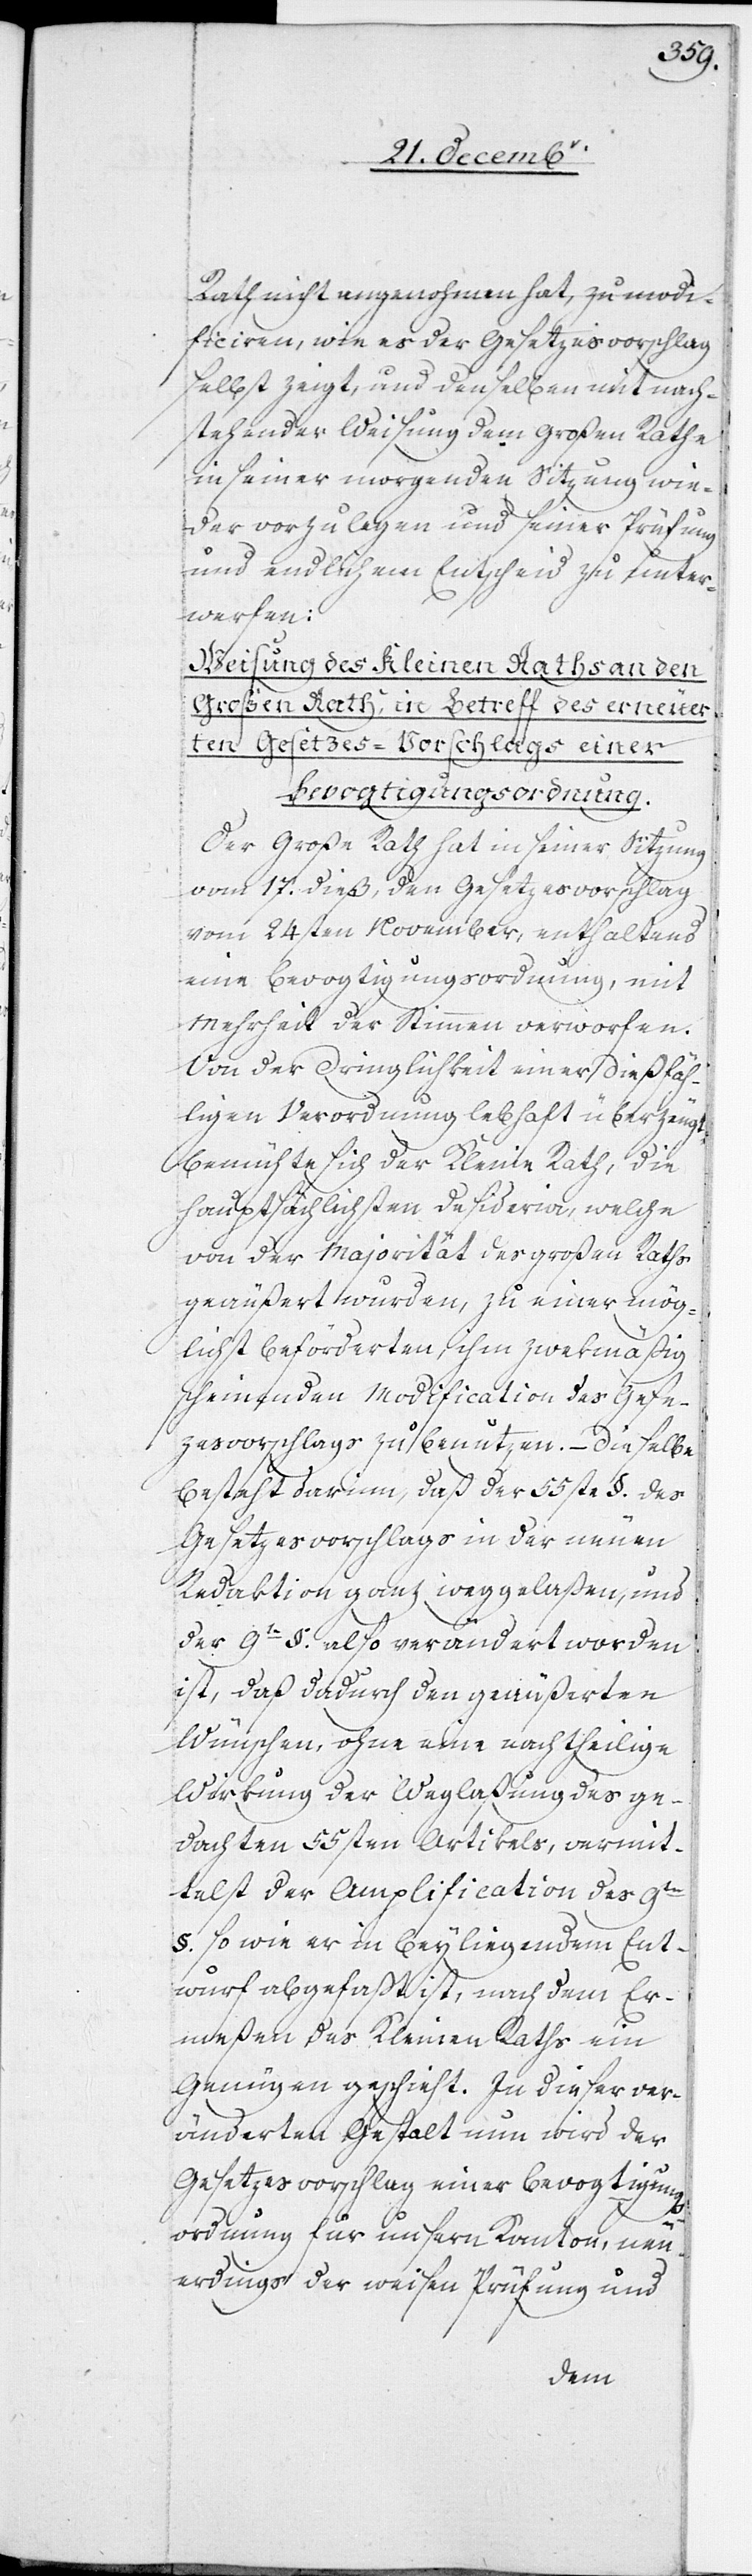
Rath nicht angenohmen hat, zu modi¬
ficiren, wie es der Gesetzesvorschlag
selbst zeigt, und denselben mit nach¬
stehender Weisung dem Großen Rathe
in seiner morgenden Sitzung wie¬
der vorzulegen und seiner Prüfung
und endlichem Entscheid zu unter¬
werfen:
Weisung des Kleinen Raths an den
Großen Rath in Betreff des erneuer¬
ten Gesetzes-Vorschlags einer
Bevogtigungsordnung.
Der Große Rath hat in seiner Sitzung
vom 17. dieß, den Gesetzesvorschlag
vom 24sten November, enthaltend
eine Bevogtigungsordnung, mit
Mehrheit der Stimmen verworfen.
Von der Dringlichkeit einer dießfäh¬
ligen Verordnung lebhaft überzeugt,
bemühte sich der Kleine Rath, die
hauptsächlichsten Desideria, welche
von der Majorität des großen Raths
geäußert wurden, zu einer mög¬
lichst beförderten, ihm zwekmäßig
scheinenden Modification des Gese¬
zesvorschlags zu benutzen. – Dieselbe
besteht darinn, daß der 55ste §. des
Gesetzesvorschlags in der neuen
Redaktion ganz weggelaßen, und
der 9te §. also verändert worden
ist, daß dadurch den geäußerten
Wünschen, ohne eine nachtheilige
Wirkung der Weglaßung des ge¬
dachten 55sten Artikels, vermit¬
telst der Amplification des 9ten
§. so wie er in beyliegendem Ent¬
wurf abgefaßt ist, nach dem Er¬
meßen des Kleinen Raths ein
Genügen geschieht. In dieser ver¬
änderten Gestalt nun wird der
Gesetzesvorschlag einer Bevogtigungs¬
ordnung für unsern Kanton, neu¬
erdings der weisen Prüfung und